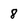
Character: 8